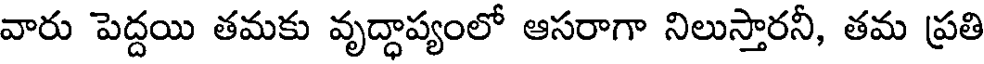
వారు పెద్దయి తమకు వృద్ధాప్యంలో ఆసరాగా నిలుస్తారనీ, తమ ప్రతి